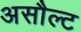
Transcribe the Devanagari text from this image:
असौल्ट